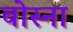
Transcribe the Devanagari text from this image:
बोस्ना